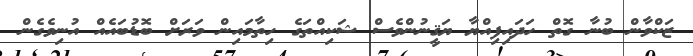
ޒަކްވާން ބުނާ ގޮތް ހަދައިފިއްޔާ ޔަޤީނުންވެސް ޝަކިއްތަގެ ހިތާމައިން ވަރަށް ބޮޑުބައެއް އުނިވެގެން